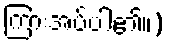
ကြားအပ်ပါ၏။)